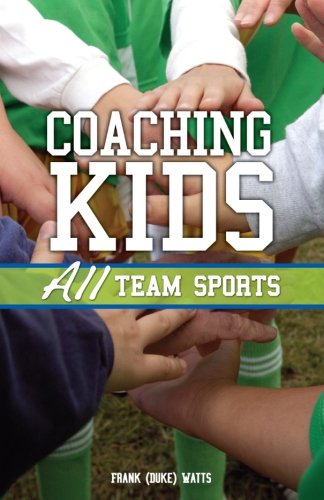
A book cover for Coaching Kids: All Team Sports; Frank Watts; Sports & Outdoors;